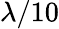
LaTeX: \lambda/10